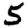
Digit: 5